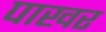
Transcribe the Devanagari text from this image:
पाखर